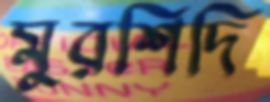
মুরশিদি